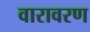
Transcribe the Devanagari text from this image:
वारावरण